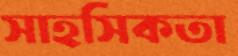
সাহসিকতা